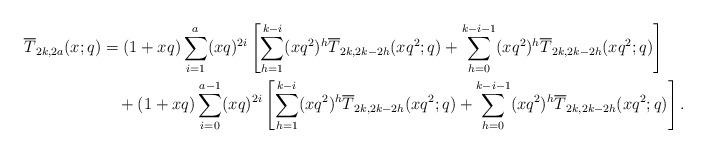
LaTeX: \begin{align*} \overline{T}_{2k,2a}(x;q)&=(1+xq)\sum_{i=1}^a (xq)^{2i} \left[\sum_{h=1}^{k-i}(xq^2)^h\overline{T}_{2k,2k-2h}(xq^2;q) +\sum_{h=0}^{k-i-1}(xq^2)^h\overline{T}_{2k,2k-2h}(xq^2;q)\right] \\&\quad+ (1+xq) \sum_{i=0}^{a-1}(xq)^{2i}\left[\sum_{h=1}^{k-i}(xq^2)^h\overline{T}_{2k,2k-2h}(xq^2;q)+\sum_{h=0}^{k-i-1}(xq^2)^h\overline{T}_{2k,2k-2h}(xq^2;q)\right]. \end{align*}